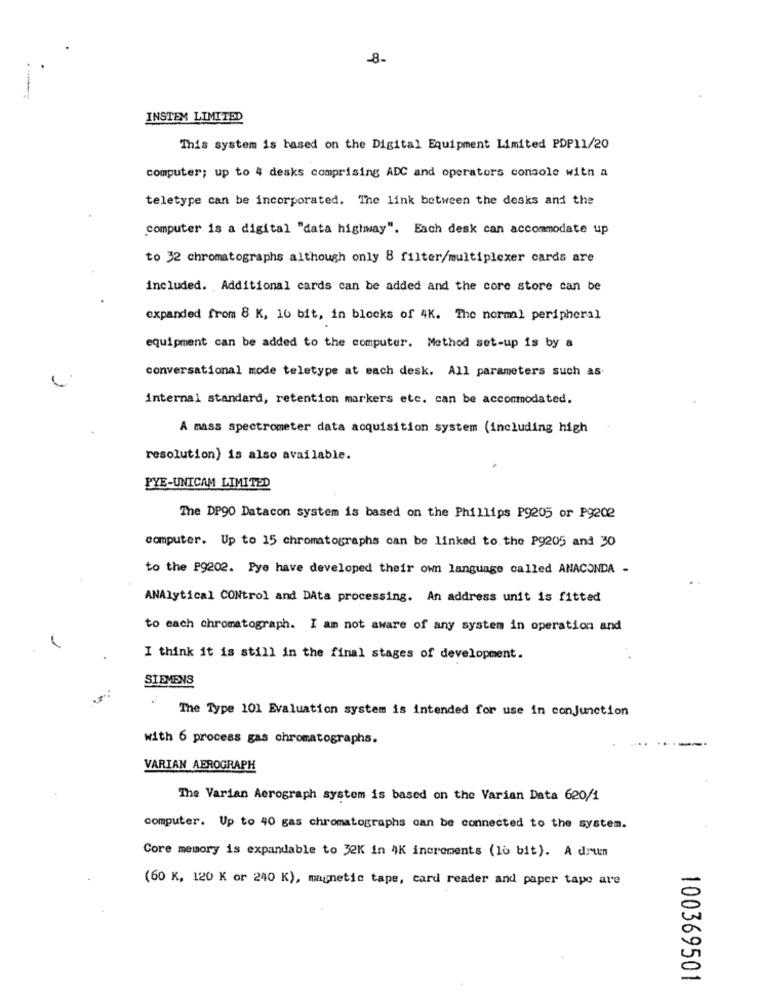
-8-
INSTEM LIMITED
This system is based on the Digital Equipment Limited PDP11/20
computer; up to 4 desks comprising ADC and operators console with a
teletype can be incorporated. The link between the desks and the
computer is a digital "data highway". Each desk can accommodate up
to 32 chromatographs although only 8 filter/multiplexer cards are
included. Additional cards can be added and the core store can be
expanded from 8 K, 16 bit, in blocks of 4K. The normal peripheral
equipment can be added to the computer. Method set-up is by a
conversational mode teletype at each desk. All parameters such as
internal standard, retention markers etc. can be accommodated.
A mass spectrometer data acquisition system (including high
resolution) is also available.
PYE-UNICAM LIMITED
The DP90 Datacon system is based on the Phillips P9205 or P9202
computer. Up to 15 chromatographs can be linked to the P9205 and 30
to the P9202. Pye have developed their own language called ANACONDA -
ANAlytical CONtrol and Data processing. An address unit is fitted
to each chromatograph. I am not aware of any system in operation and
I think it is still in the final stages of development.
SIEMENS
The Type 101 Evaluation system is intended for use in conjunction
with 6 process gas chromatographs.
VARIAN AEROGRAPH
The Varian Aerograph system is based on the Varian Data 620/1
computer. Up to 40 gas chromatographs can be connected to the system.
Core memory is expandable to 32K in 4K increments (16 bit). A drumn
(60 K, 120 K or 240 K), magnetic tape, card reader and paper tape are
100369501